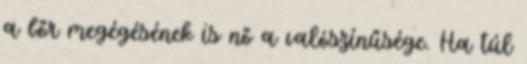
a bőr megégésének is nő a valószínűsége. Ha túl